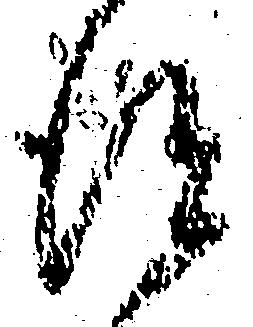
得